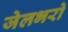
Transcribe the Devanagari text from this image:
जेलभरो